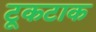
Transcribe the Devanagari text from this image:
टूकटाक